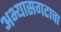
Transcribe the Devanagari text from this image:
अभ्यासगटाचा